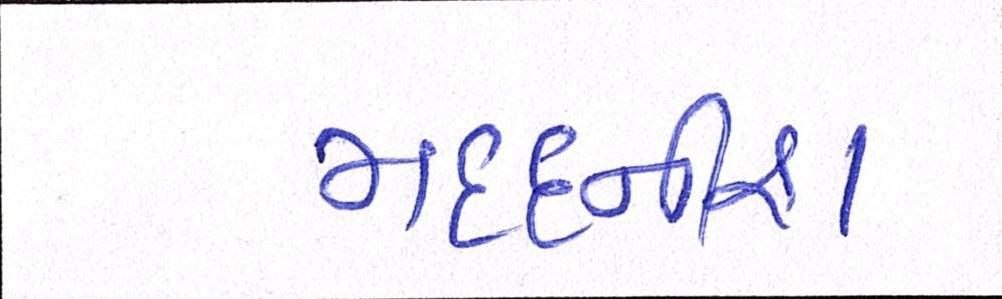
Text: મદદનીશ